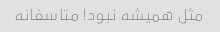
مثل همیشه نبود! متاسفانه